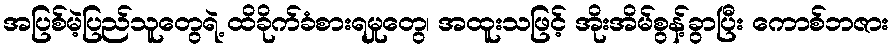
အပြစ်မဲ့ပြည်သူတွေရဲ့ ထိခိုက်ခံစားရမှုတွေ၊ အထူးသဖြင့် အိုးအိမ်စွန့်ခွာပြီး ကောစ်ဘဇား